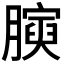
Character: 𭩋